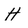
Character: H